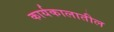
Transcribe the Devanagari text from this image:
कार्यकालातील